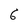
Character: 6